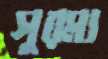
সুরম্য